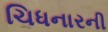
ચિધનારની